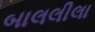
બાલલીલા